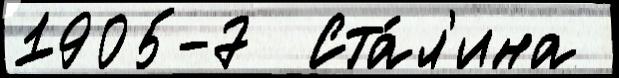
1905-7  Ста́л'ина